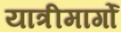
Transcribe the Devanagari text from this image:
यात्रीमार्गो